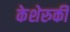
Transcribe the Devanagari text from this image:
केशेरुकी